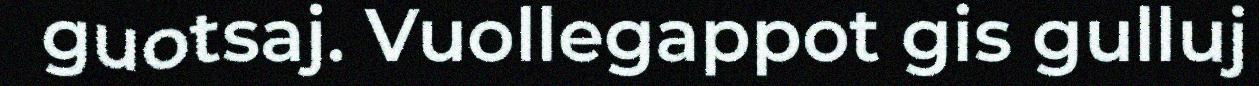
guotsaj. Vuollegappot gis gulluj